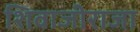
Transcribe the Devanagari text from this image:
शिवाजीराजा